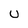
Character: U